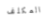
المكلف